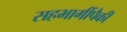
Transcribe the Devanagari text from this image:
सहभागींपैकी